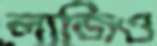
লাজিও